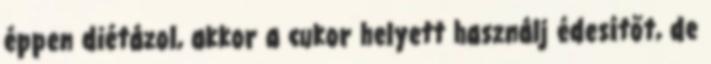
éppen diétázol, akkor a cukor helyett használj édesítőt, de